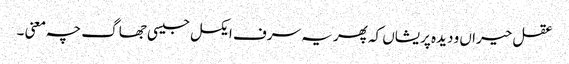
عقل حیراں و دیدہ پریشاں کہ پھر یہ سرف ایکسل جیسی جھاگ چہ معنی ۔